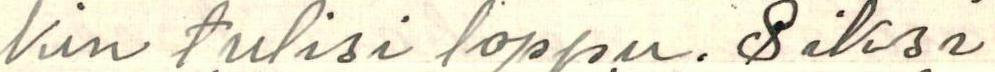
kin tulisi loppu. Siksi